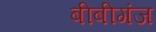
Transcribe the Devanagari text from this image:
बीबीगंज